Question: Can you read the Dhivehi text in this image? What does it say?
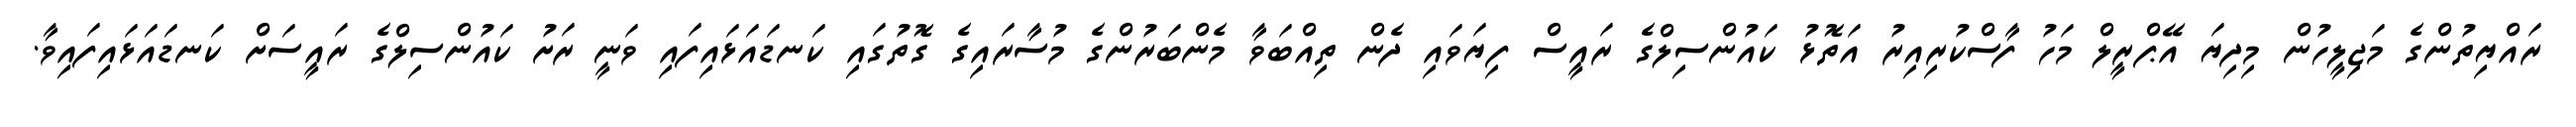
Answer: ރައްޔިތުންގެ މަޖިލީހުން މިދިޔަ އޭޕްރީލް މަހު ފާސްކުރިއިރު އަތޮޅު ކައުންސިލްގެ ރައީސް ފިޔަވައި ދެން ތިއްބަވާ މެންބަރުންގެ މުސާރައިގެ ގޮތުގައި ކަނޑައަޅައިފައި ވަނީ ރަށު ކައުންސިލްގެ ރައީސަށް ކަނޑައަޅައިފައިވާ.